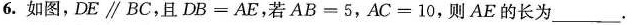
6.如图，D//BC，且DB=AE，若AB=5，AC=10，则AE的长为___。